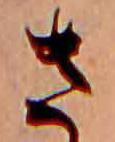
さ